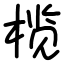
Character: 榄